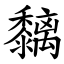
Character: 黐